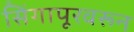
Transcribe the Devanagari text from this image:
सिंगापूरवरून